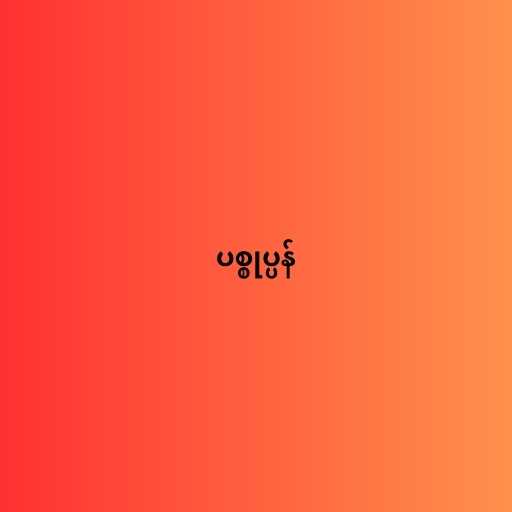
ပစ္စုပ္ပန်